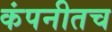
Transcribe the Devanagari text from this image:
कंपनीतच